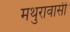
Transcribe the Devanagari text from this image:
मथुरावासी